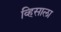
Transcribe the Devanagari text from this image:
व्हिसाला